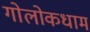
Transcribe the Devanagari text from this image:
गोलोकधाम